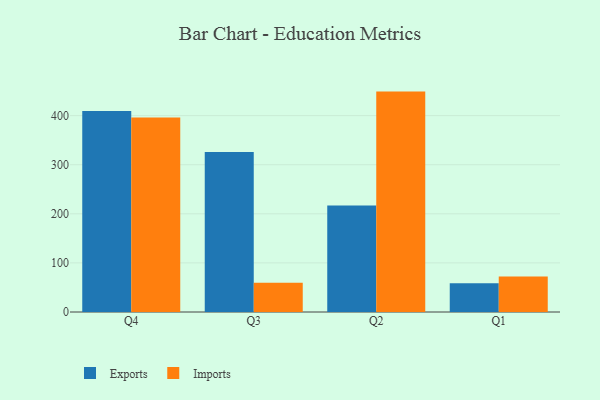
{"axis": {"x": "Quarter", "y": "Active Users"}, "legend": ["Exports", "Imports"], "data": [{"x": "Q4", "y": 409.5, "type": "Exports"}, {"x": "Q4", "y": 396.1, "type": "Imports"}, {"x": "Q3", "y": 326.1, "type": "Exports"}, {"x": "Q3", "y": 59.5, "type": "Imports"}, {"x": "Q2", "y": 216.7, "type": "Exports"}, {"x": "Q2", "y": 448.9, "type": "Imports"}, {"x": "Q1", "y": 58.5, "type": "Exports"}, {"x": "Q1", "y": 72.2, "type": "Imports"}]}